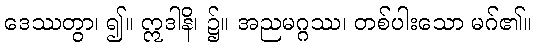
ဒေဿတွာ၊ ၍။ ဣဒါနိ၊ ၌။ အညမဂ္ဂဿ၊ တစ်ပါးသော မဂ်၏။